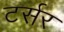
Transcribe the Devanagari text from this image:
टर्सर